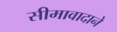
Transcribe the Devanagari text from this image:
सीमावादाने